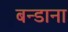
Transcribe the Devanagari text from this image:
बन्डाना